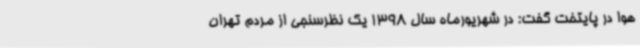
هوا در پایتخت گفت: در شهریورماه سال 1398 یک نظرسنجی از مردم تهران